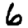
Digit: 6